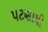
પટણાથી